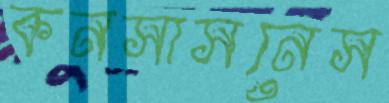
কনসাসনেস